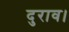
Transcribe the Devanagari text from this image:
दुराव।